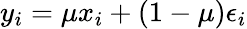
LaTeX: y_{i}=\mu x_{i}+(1-\mu)\epsilon_{i}